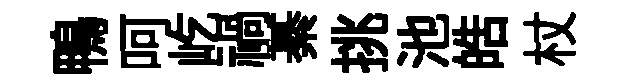
鴨呵屹禍綦挑池皓杖